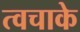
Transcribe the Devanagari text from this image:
त्वचाके